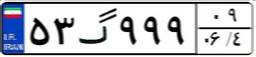
۵۳گ۹۹۹۰۹